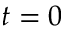
t = 0